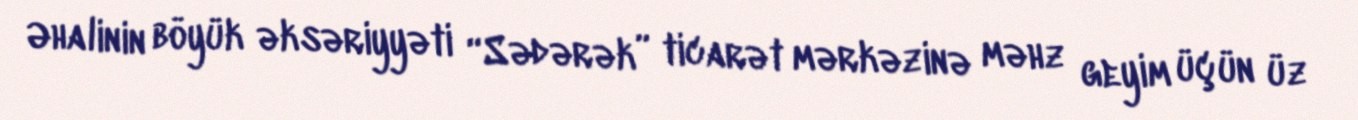
Əhalinin böyük əksəriyyəti “Sədərək” ticarət mərkəzinə məhz geyim üçün üz